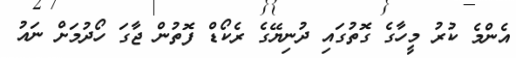
އެންމެ ކުރު މީހާގެ ގޮތުގައި ދުނިޔޭގެ ރެކޯޑް ފޮތުން ޖާގަ ހޯދުމަށް ނައު